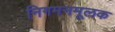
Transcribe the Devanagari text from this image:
निगमनमूलक